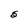
Character: S